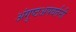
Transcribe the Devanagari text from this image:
अंगुष्ठअपवर्तनी